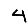
Digit: 4